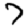
Digit: 7